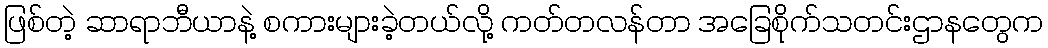
ဖြစ်တဲ့ ဆာရာဘီယာနဲ့ စကားများခဲ့တယ်လို့ ကတ်တလန်တာ အခြေစိုက်သတင်းဌာနတွေက